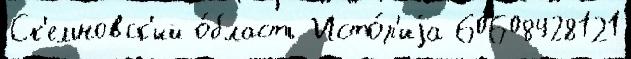
Ск'ельновск'ий о́бласть Исто́р'иjа 60608428121